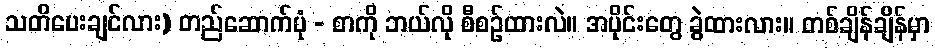
သတိပေးချင်လား) တည်ဆောက်ပုံ - စာကို ဘယ်လို စီစဉ်ထားလဲ။ အပိုင်းတွေ ခွဲထားလား။ တစ်ချိန်ချိန်မှာ